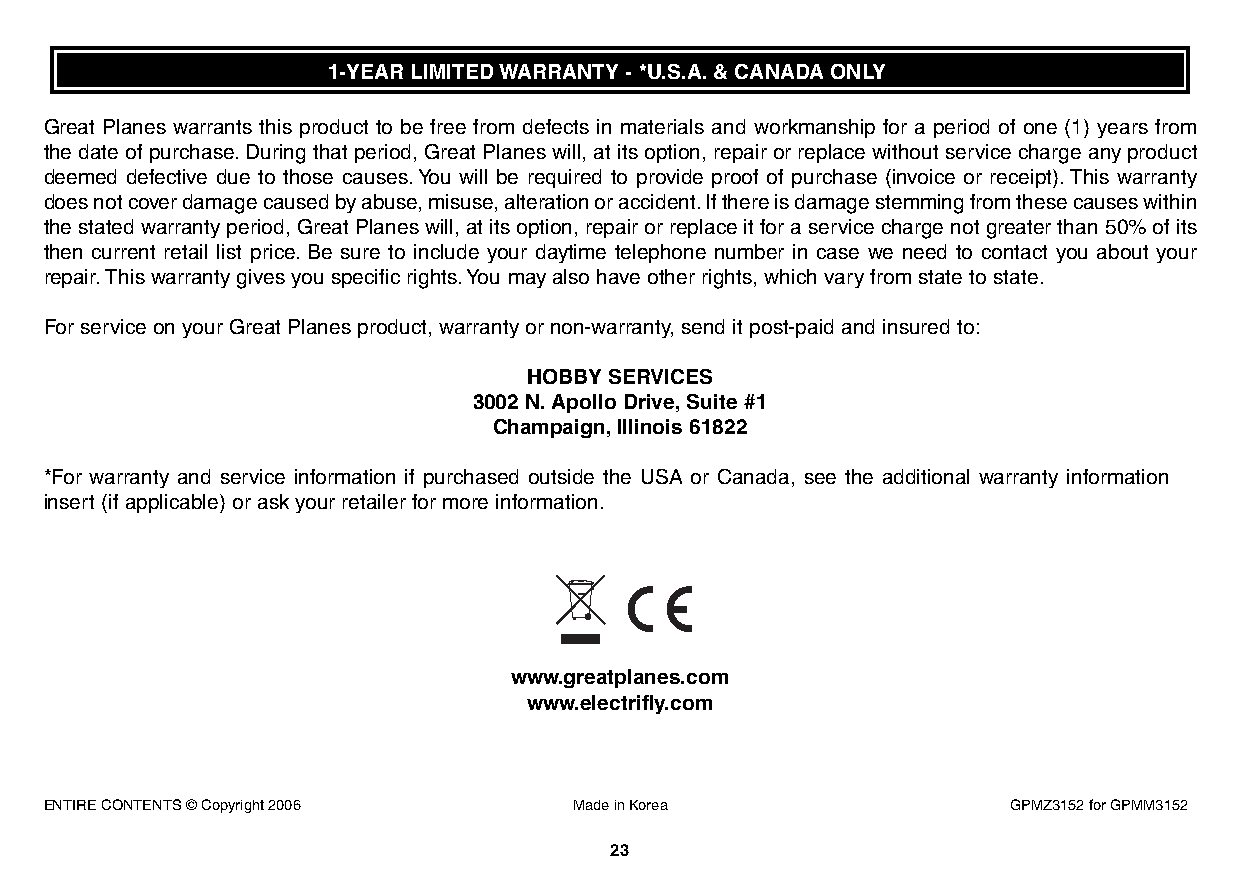
1-YEAR LIMITED WARRANTY - *U.S.A.& CANADA ONLY
 Great Planes warrants this product to be free from defects in materials and workmanship for a period of one (1) years from
 the date of purchase.During that period, Great Planes will, at its option, repair or replace without service charge any product
 deemed defective due to those causes.You will be required to provide proof of purchase (invoice or receipt).This warranty
 does not cover damage caused by abuse, misuse, alteration or accident.If there is damage stemming from these causes within
 the stated warranty period, Great Planes will, at its option, repair or replace it for a service charge not greater than 50% of its
 then current retail list price. Be sure to include your daytime telephone number in case we need to contact you about your
 repair.This warranty gives you specific rights.You may also have other rights, which vary from state to state.
 For service on your Great Planes product, warranty or non-warranty, send it post-paid and insured to:
 HOBBY SERVICES
 3002 N.Apollo Drive,Suite #1
 Champaign,Illinois 61822
 *For warranty and service information if purchased outside the USA or Canada, see the additional warranty information
 insert (if applicable) or ask your retailer for more information.
 www.greatplanes.com
 www.electrifly.com
 ENTIRE CONTENTS © Copyright 2006   Made in Korea                GPMZ3152 for GPMM3152
 23